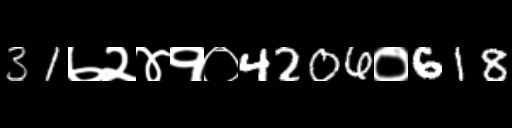
Text: 31७२४१०4206०618